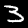
Label: 3